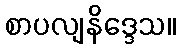
စာပလျနိဒ္ဒေသ။